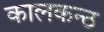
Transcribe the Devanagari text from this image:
कालकन्ठ